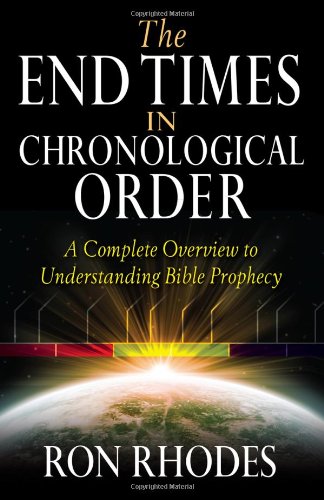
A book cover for The End Times in Chronological Order: A Complete Overview to Understanding Bible Prophecy; Ron Rhodes; Christian Books & Bibles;